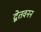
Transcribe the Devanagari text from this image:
द्वेतवनन